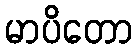
မာပိတော